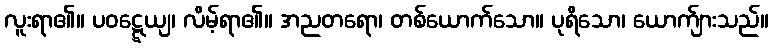
လူးရာ၏။ ပဝဋ္ဋေယျ၊ လိမ့်ရာ၏။ အညတရော၊ တစ်ယောက်သော။ ပုရိသော၊ ယောက်ျားသည်။